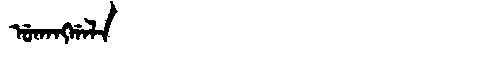
Manchu: ᡠᡴᠠᠩᡤᠠᠯᠠ
Romanization: UKANGGALA